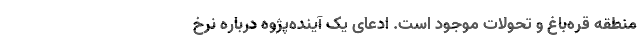
منطقه قره‌باغ و تحولات موجود است. ادعای یک آینده‌پژوه درباره نرخ